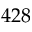
4 2 8